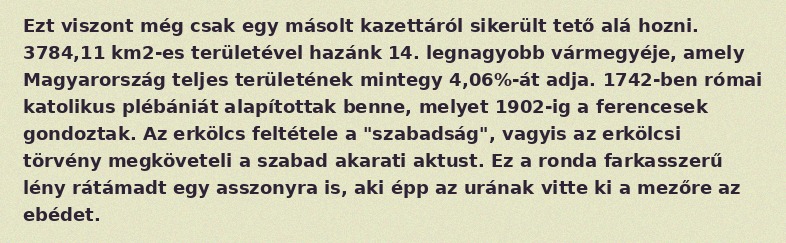
Ezt viszont még csak egy másolt kazettáról sikerült tető alá hozni. 3784,11 km2-es területével hazánk 14. legnagyobb vármegyéje, amely Magyarország teljes területének mintegy 4,06%-át adja. 1742-ben római katolikus plébániát alapítottak benne, melyet 1902-ig a ferencesek gondoztak. Az erkölcs feltétele a "szabadság", vagyis az erkölcsi törvény megköveteli a szabad akarati aktust. Ez a ronda farkasszerű lény rátámadt egy asszonyra is, aki épp az urának vitte ki a mezőre az ebédet.